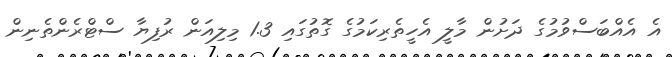
އެ އެއްބަސްވުމުގެ ދަށުން މާލީ އެހީތެރިކަމުގެ ގޮތުގައި 1.3 މިލިއަން ރުފިޔާ ސްޓްރެންތެނިން